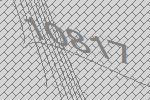
10817